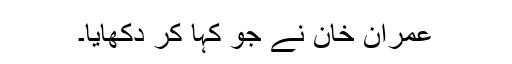
عمران خان نے جو کہا کر دکھایا۔